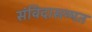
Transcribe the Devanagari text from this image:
संविदासम्मत